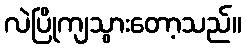
လဲပြိုကျသွားတော့သည်။